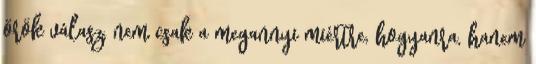
örök válasz, nem csak a megannyi miértre, hogyanra, hanem